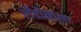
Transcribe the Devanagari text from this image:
लेंडीनाला